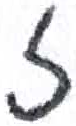
אות: ז